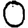
Digit: 0